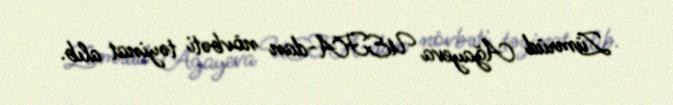
Zümrüd Ağayeva UEFA-dan növbəti təyinat alıb.